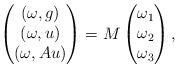
LaTeX: \begin{align*}\begin{pmatrix}(\omega,g)\\(\omega,u)\\(\omega, Au)\end{pmatrix}=M\begin{pmatrix}\omega_1\\\omega_2\\\omega_3\end{pmatrix},\end{align*}